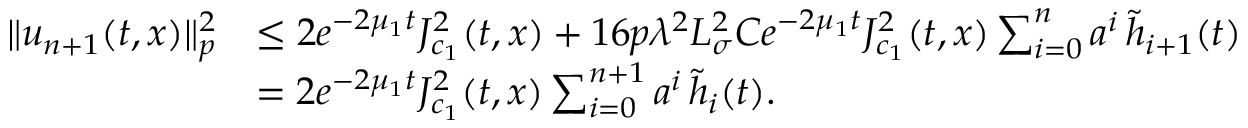
\begin{array} { r l } { \| u _ { n + 1 } ( t , x ) \| _ { p } ^ { 2 } } & { \le 2 e ^ { - 2 \mu _ { 1 } t } J _ { c _ { 1 } } ^ { 2 } ( t , x ) + 1 6 p \lambda ^ { 2 } L _ { \sigma } ^ { 2 } C e ^ { - 2 \mu _ { 1 } t } J _ { c _ { 1 } } ^ { 2 } ( t , x ) \sum _ { i = 0 } ^ { n } a ^ { i } \, \widetilde h _ { i + 1 } ( t ) } \\ & { = 2 e ^ { - 2 \mu _ { 1 } t } J _ { c _ { 1 } } ^ { 2 } ( t , x ) \sum _ { i = 0 } ^ { n + 1 } a ^ { i } \, \widetilde { h } _ { i } ( t ) . } \end{array}